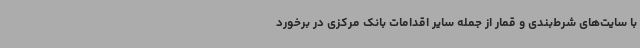
با سایت‌های شرط‌بندی و قمار از جمله سایر اقدامات بانک مرکزی در برخورد